Report of the Indian Hemp Drugs Commission, 1894-1895 - Volume V
Year: 1894
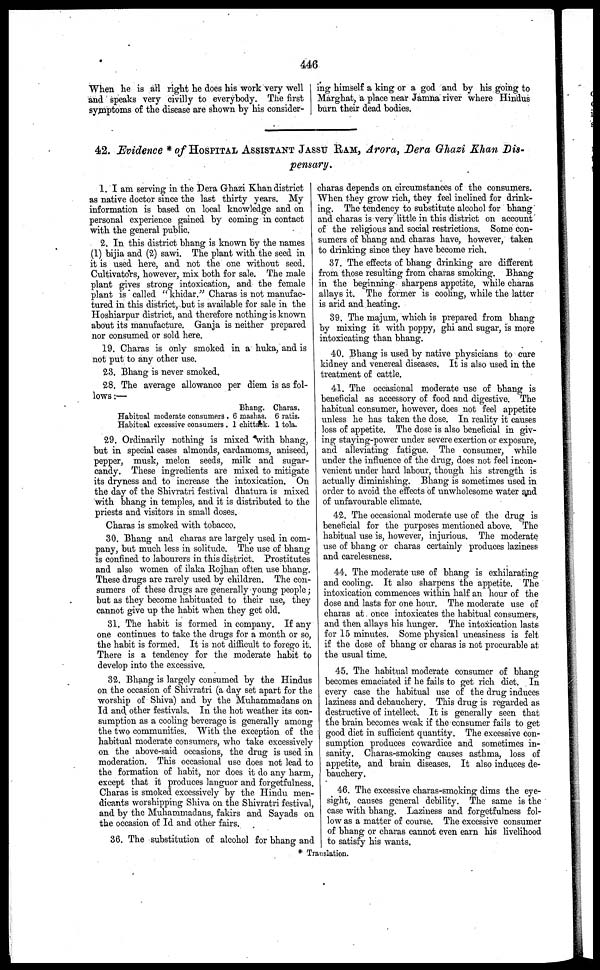
446
When he is all right he does his work very well
and speaks very civilly to everybody. The first
symptoms of the disease are shown by his consider-
ing himself a king or a god and by his going to
Marghat, a place near Jamna river where Hindus
burn their dead bodies.
42. Evidence * of HOSPITAL ASSISTANT JASSU RAM, Arora, Dera Ghazi Khan Dis-
pensary.
1. I am serving in the Dera Ghazi Khan district
as native doctor since the last thirty years. My
information is based on local knowledge and on
personal experience gained by coming in contact
with the general public.
2. In this district bhang is known by the names
(1) bijia and (2) sawi. The plant with the seed in
it is used here, and not the one without seed.
Cultivators, however, mix both for sale. The male
plant gives strong intoxication, and the female
plant is * called " khidar." Charas is not manufac-
tured in this district, but is available for sale in the
Hoshiarpur district, and therefore nothing is known
about its manufacture. Ganja is neither prepared
nor consumed or sold here.
19. Charas is only smoked in a kuka, and is
not put to any other use.
23. Bhang is never smoked.
28. The average allowance per diem is as fol-
lows :—
Habitual moderate consumers.
Habitual excessive consumers.
Bhang.
6 mashas.
1 chittack.
Charas.
6 ratis.
1 tola.
29. Ordinarily nothing is mixed with bhang,
but in special cases almonds, cardamoms, aniseed,
pepper, musk, melon seeds, milk and sugar-
candy. These ingredients are mixed to mitigate
its dryness and to increase the intoxication. On
the day of the Shivratri festival dhatura is mixed
with bhang in temples, and it is distributed to the
priests and visitors in small doses.
Charas is smoked with tobacco.
30. Bhang and charas are largely used in com-
pany, but much less in solitude. The use of bhang
is confined to labourers in this district. Prostitutes
and also women of ilaka Rojhan often use bhang.
These drugs are rarely used by children. The con-
sumers of these drugs are generally young people;
but as they become habituated to their use, they
cannot give up the habit when they get old.
31. The habit is formed in company. If any
one continues to take the drugs for a month or so,
the habit is formed. It is not difficult to forego it.
There is a tendency for the moderate habit to
develop into the excessive.
32. Bhang is largely consumed by the Hindus
on the occasion of Shivratri (a day set apart for the
worship of Shiva) and by the Muhammadans on
Id and other festivals. In the hot weather its con-
sumption as a cooling beverage is generally among
the two communities. With the exception of the
habitual moderate consumers, who take excessively
on the above-said occasions, the drug is used in
moderation. This occasional use does not lead to
the formation of habit, nor does it do any harm,
except that it produces languor and forgetfulness.
Charas is smoked excessively by the Hindu men-
dicants worshipping Shiva on the Shivratri festival,
and by the Muhammadans, fakirs and Sayads on
the occasion of Id and other fairs.
36. The substitution of alcohol for bhang and
charas depends on circumstances of the consumers.
When they grow rich, they feel inclined for drink-
ing. The tendency to substitute alcohol for bhang
and charas is very little in this district on account
of the religious and social restrictions. Some con-
sumers of bhang and charas have, however, taken
to drinking since they have become rich.
37. The effects of bhang drinking are different
from those resulting from charas smoking. Bhang
in the beginning sharpens appetite, while charas
allays it. The former is cooling, while the latter
is arid and heating.
39. The majum, which is prepared from bhang
by mixing it with poppy, ghi and sugar, is more
intoxicating than bhang.
40. Bhang is used by native physicians to cure
kidney and venereal diseases. It is also used in the
treatment of cattle.
41. The occasional moderate use of bhang is
beneficial as accessory of food and digestive. The
habitual consumer, however, does not feel appetite
unless he has taken the dose. In reality it causes
loss of appetite. The dose is also beneficial in giv-
ing staying-power under severe exertion or exposure,
and alleviating fatigue. The consumer, while
under the influence of the drug, does not feel incon-
venient under hard labour, though his strength is
actually diminishing. Bhang is sometimes used in
order to avoid the effects of unwholesome water and
of unfavourable climate.
42. The occasional moderate use of the drug is
beneficial for the purposes mentioned above. The
habitual use is, however, injurious. The moderate
use of bhang or charas certainly produces laziness
and carelessness.
44. The moderate use of bhang is exhilarating
and cooling. It also sharpens the appetite. The
intoxication commences within half an hour of the
dose and lasts for one hour. The moderate use of
charas at once intoxicates the habitual consumers,
and then allays his hunger. The intoxication lasts
for 15 minutes. Some physical uneasiness is felt
if the dose of bhang or charas is not procurable at
the usual time.
45. The habitual moderate consumer of bhang
becomes emaciated if he fails to get rich diet. In
every case the habitual use of the drug induces
laziness and debauchery. This drug is regarded as
destructive of intellect. It is generally seen that
the brain becomes weak if the consumer fails to get
good diet in sufficient quantity. The excessive con-
sumption produces cowardice and sometimes in-
sanity. Charas-smoking causes asthma, loss of
appetite, and brain diseases. It also induces de-
bauchery.
46. The excessive charas-smoking dims the eye-
sight, causes general debility. The same is the
case with bhang. Laziness and forgetfulness fol-
low as a matter of course. The excessive consumer
of bhang or charas cannot even earn his livelihood
to satisfy his wants.
* Translation.